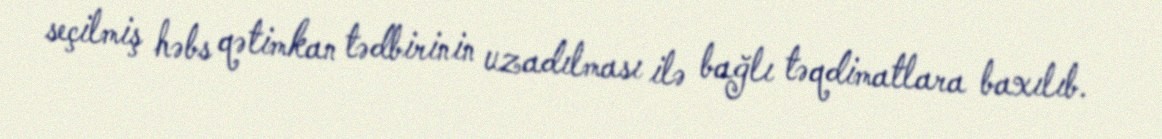
seçilmiş həbs qətimkan tədbirinin uzadılması ilə bağlı təqdimatlara baxılıb.